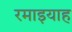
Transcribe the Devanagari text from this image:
रमाइयाह